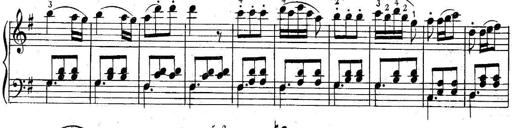
Title: 6 Easy Sonatinas
Composer: Carl Czerny